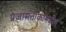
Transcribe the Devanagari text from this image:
प्रजासत्ताकांमधील